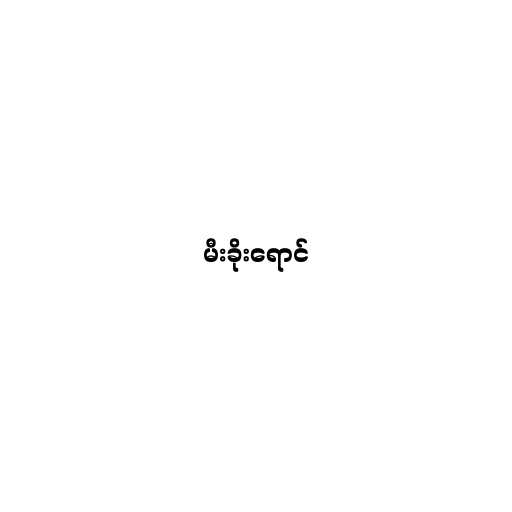
မီးခိုးရောင်